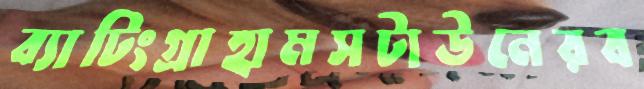
ব্যাটিংগ্রাহামসটাউনেরব